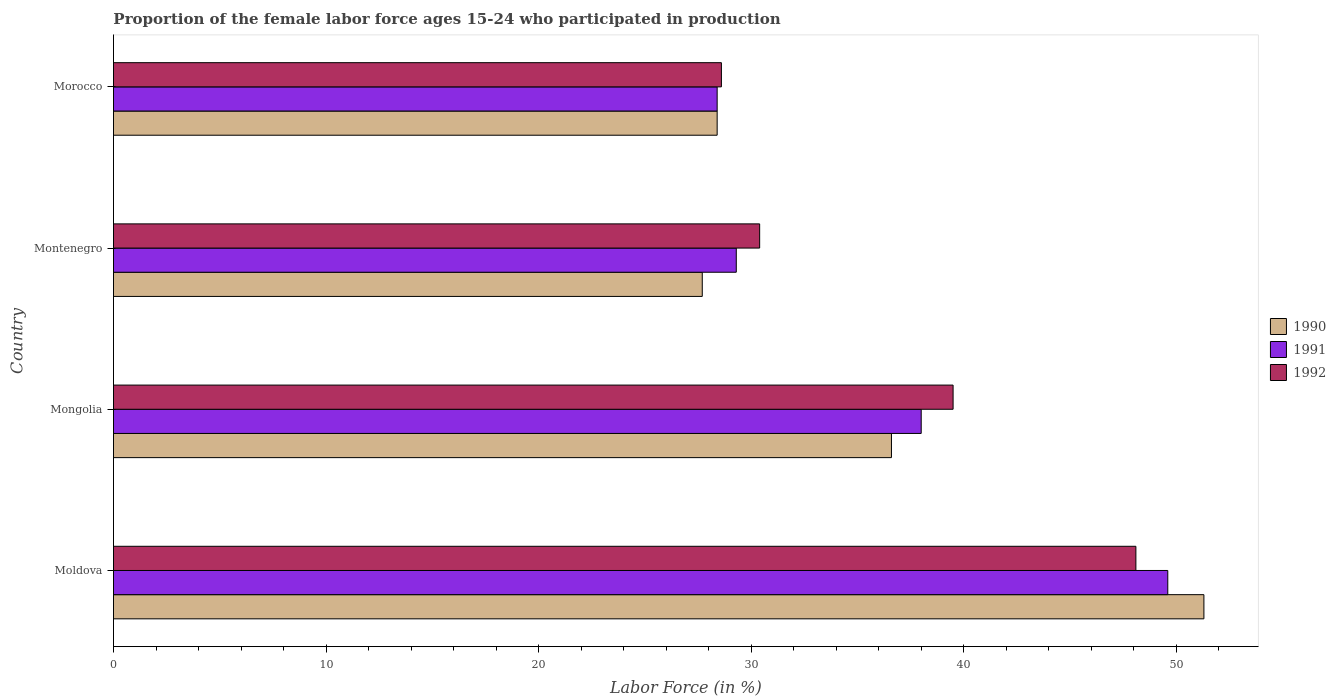
| Country | 1990 | 1991 | 1992 |
 | --- | --- | --- | --- |
 | Moldova | 51.3 | 49.6 | 48.1 |
 | Mongolia | 36.6 | 38 | 39.5 |
 | Montenegro | 27.7 | 29.3 | 30.4 |
 | Morocco | 28.4 | 28.4 | 28.6 |